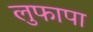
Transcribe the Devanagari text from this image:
लुफापा